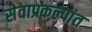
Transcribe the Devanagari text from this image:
सेवाप्रकल्पांत